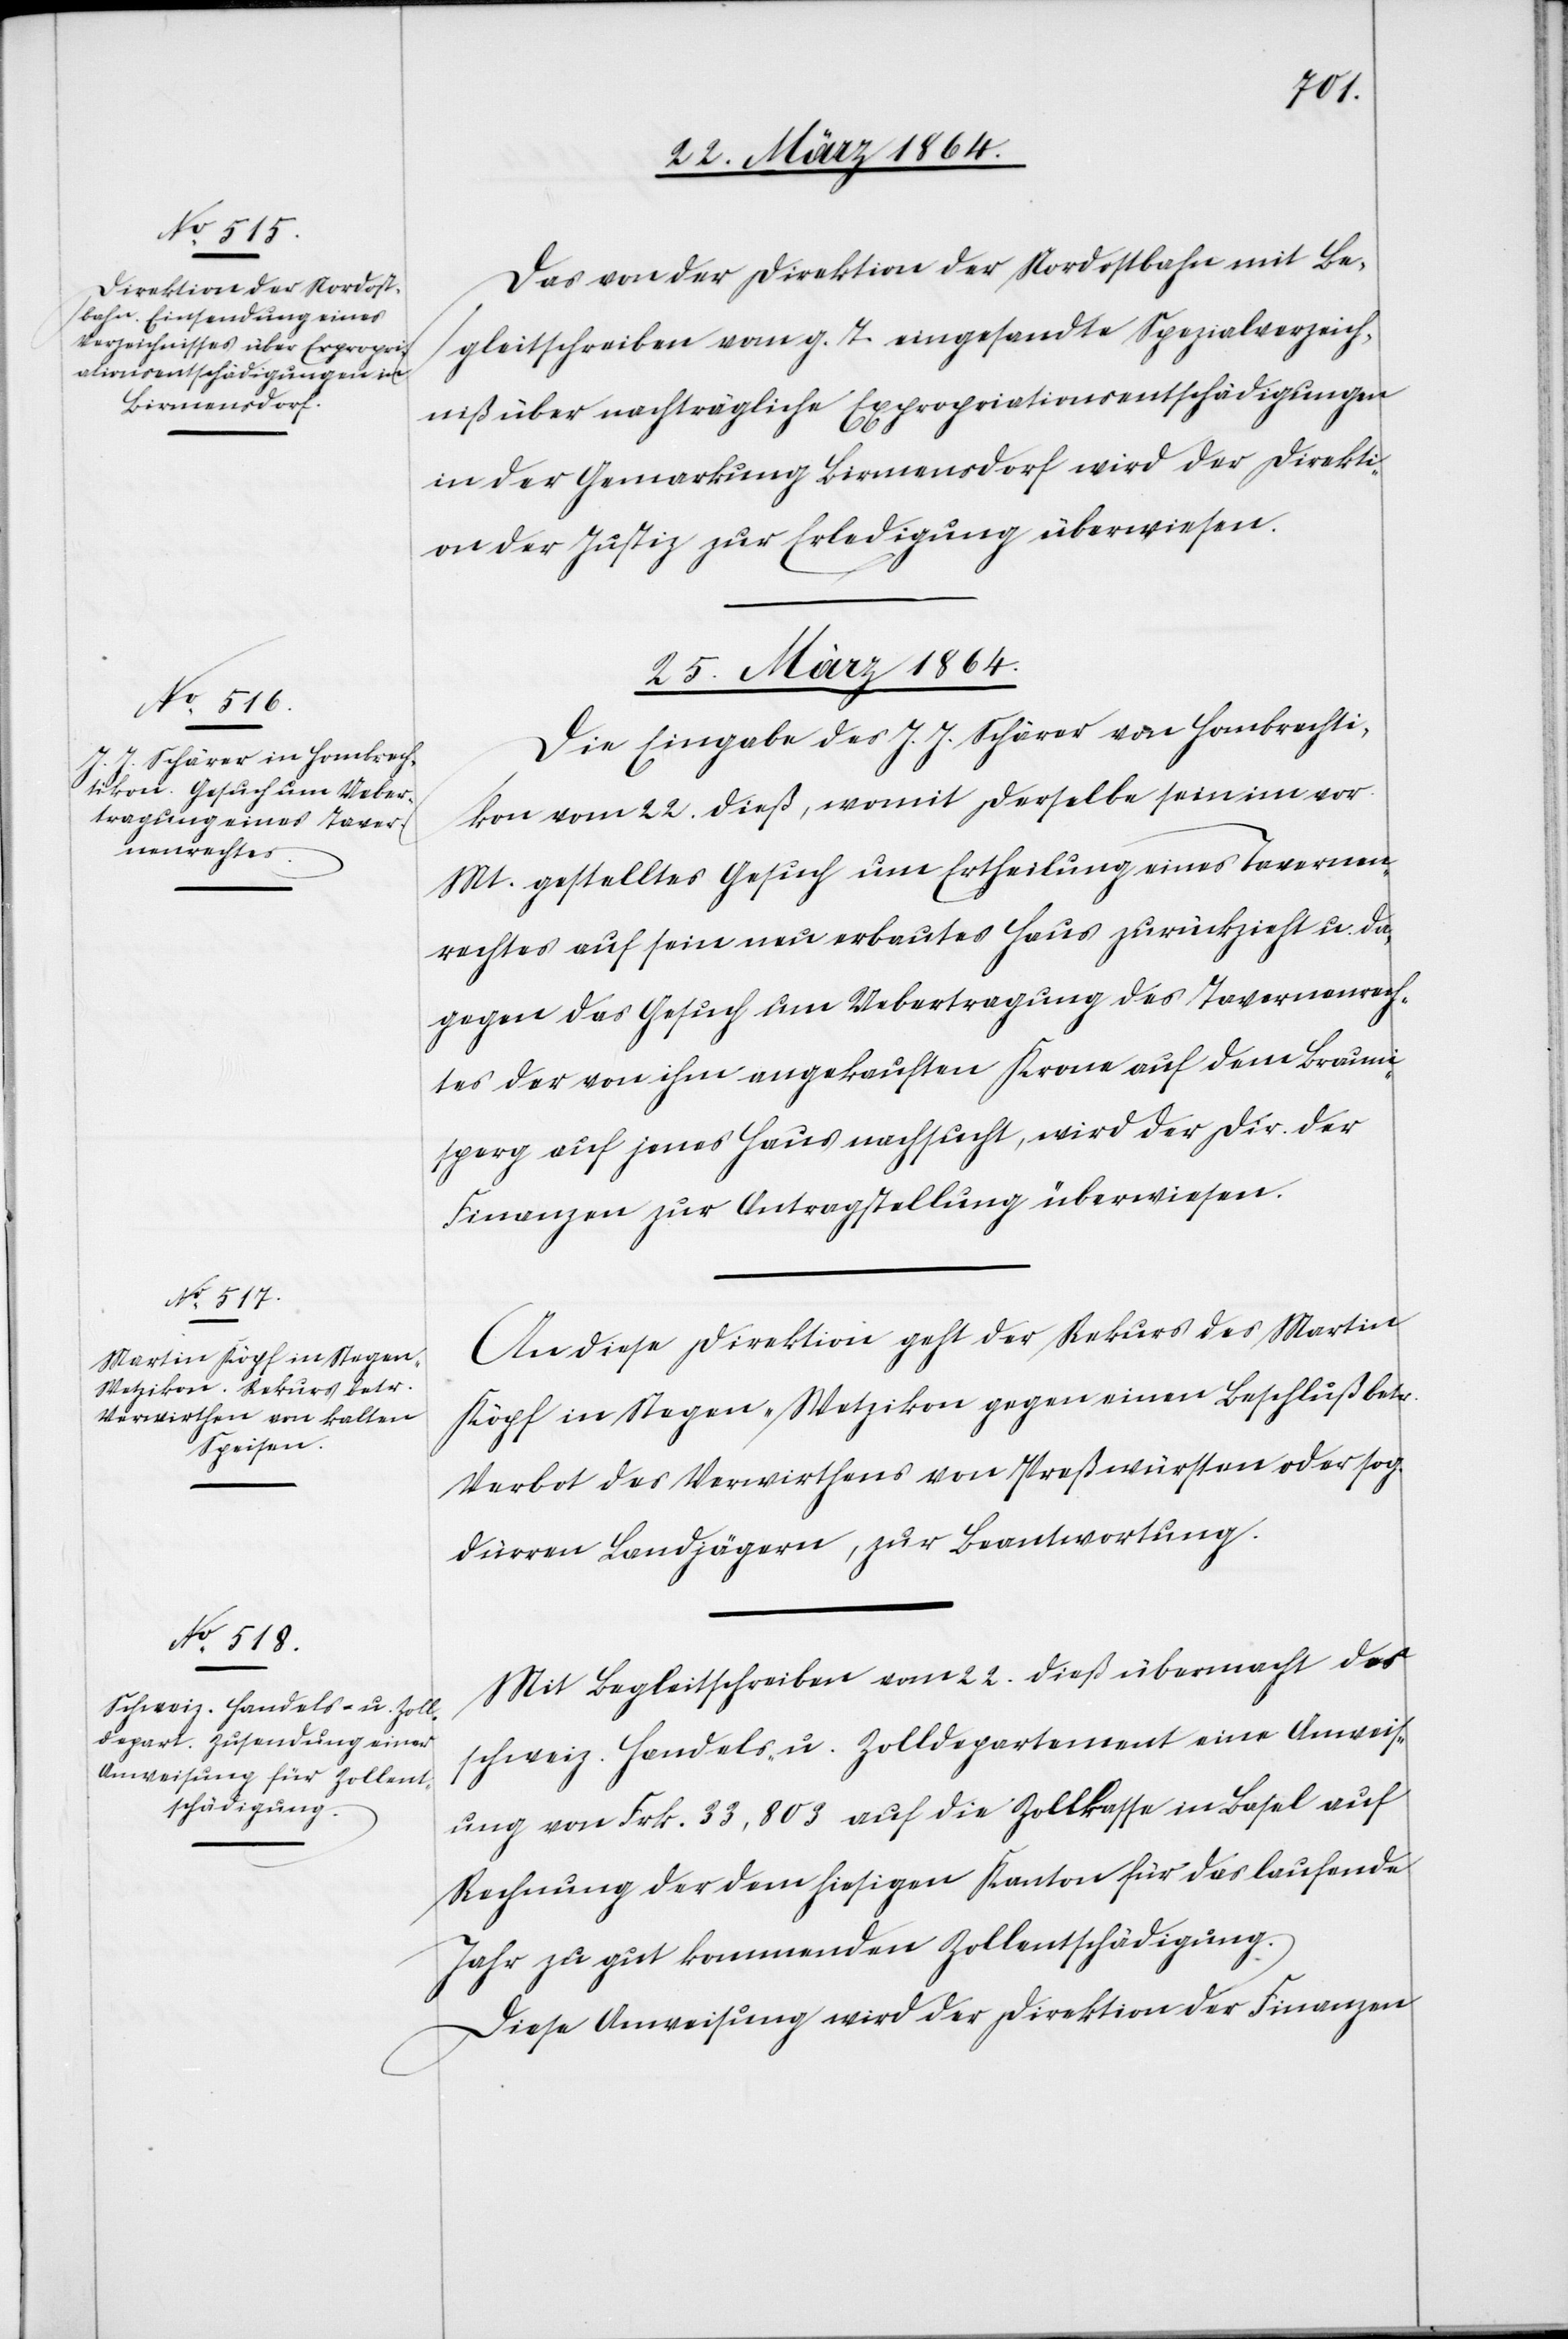
24. März 1864.]
Das von der Direktion der Nordostbahn mit Be¬
gleitschreiben vom g. T. eingesandte Spezialverzeich¬
niß über nachträgliche Expropriationsentschädigungen
in der Gemarkung Birmensdorf wird der Direkti¬
on der Justiz zur Erledigung überwiesen.
25. März 1864.]
Die Eingabe des J. J. Schärer von Hombrechti¬
kon vom 22. dieß, womit derselbe sein im vor.
Mt. gestelltes Gesuch um Ertheilung eines Tavernen¬
rechtes auf sein neu erbautes Haus zurückzieht u. da¬
gegen das Gesuch um Uebertragung des Tavernenrech¬
tes der von ihm angekauften Krone auf dem Brauni¬
sperg auf jenes Haus nachsucht, wird der Dir. der
Finanzen zur Antragstellung überwiesen.
An diese Direktion geht der Rekurs des Martin
Köpf in Stegen-Wetzikon gegen einen Beschluß betr.
Verbot des Verwirthens von Preßwürsten oder sog.
dürren Landjägern, zur Beantwortung.
Mit Begleitschreiben vom 22. dieß übermacht das
schweiz. Handels- u. Zolldepartement eine Anweis¬
ung von Frk. 33,803 auf die Zollkasse in Basel auf
Rechnung der dem hiesigen Kanton für das laufende
Jahr zu gut kommenden Zollentschädigung.
Diese Anweisung wird der Direktion der Finanzen